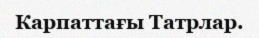
Карпаттағы Татрлар.